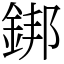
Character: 𨧜